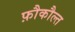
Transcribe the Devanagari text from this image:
फ़ौकौल्त